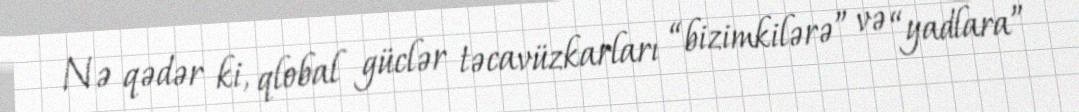
Nə qədər ki, qlobal güclər təcavüzkarları “bizimkilərə” və “yadlara”